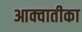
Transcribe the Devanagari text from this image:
आक्वातीका